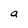
Character: a